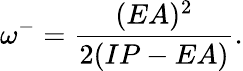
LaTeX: \omega^{-}=\frac{(EA)^{2}}{2(IP-EA)}.